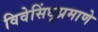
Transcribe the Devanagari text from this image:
विवेसिंधूप्रमाणे